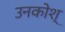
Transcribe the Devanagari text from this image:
उनकोश्